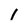
Character: I